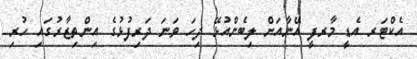
އެކްޓަރ އެޑީ މާރފީ އޭނާއަށް ލިބެންއުޅޭ ދިހަ ވަނަ ދަރިފުޅުގެ އިންތިޒާރުގައި ހުރި